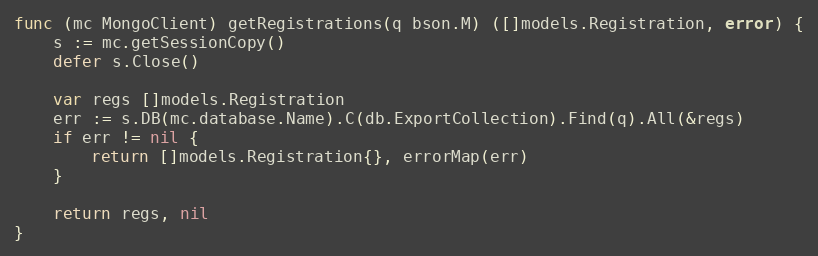
Language: Go
func (mc MongoClient) getRegistrations(q bson.M) ([]models.Registration, error) {
	s := mc.getSessionCopy()
	defer s.Close()

	var regs []models.Registration
	err := s.DB(mc.database.Name).C(db.ExportCollection).Find(q).All(&regs)
	if err != nil {
		return []models.Registration{}, errorMap(err)
	}

	return regs, nil
}